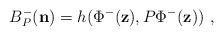
LaTeX: \begin{align*}B_{P}^{-}(\mathbf{n}) = h(\Phi^{-}(\mathbf{z}), P\Phi^{-}(\mathbf{z})) \ ,\end{align*}